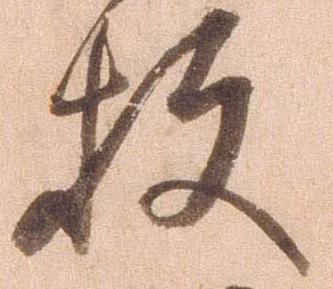
枚